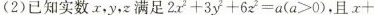
(2)已知实数x，y，z满足$$2 x ^ { 2 } + 3 y ^ { 2 } + 6 z ^ { 2 } = a$$($$a ≥ 0 $$)，且$$x +